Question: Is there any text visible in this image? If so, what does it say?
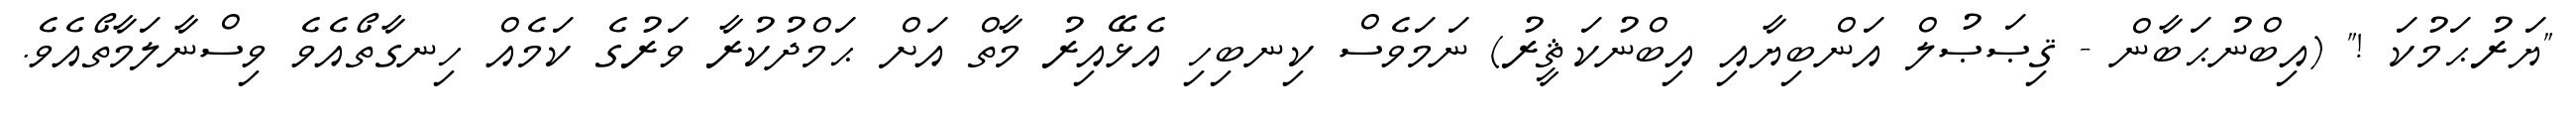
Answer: "ޔަރުޙަމުކަ !" (އިބްނުޙަބާން - ޤިޞަޞުލް އަންބިޔާއި އިބްނުކަޘީރު) ނަމަވެސް ކިނބިހި އެޅޭއިރު މާތް އަށް ޙަމްދުކުރާ ވަރުގެ ކަމެއް ހިނގާތޯއެވެ ވިސްނާލަމާތޯއެވެ.